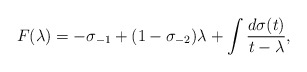
\begin{align*}F(\lambda) = -\sigma_{-1} + (1-\sigma_{-2})\lambda + \int \frac{d\sigma(t)}{t-\lambda} ,\end{align*}